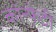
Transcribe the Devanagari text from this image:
कॉन्फेटी